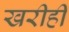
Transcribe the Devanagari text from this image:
खरीही